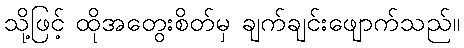
သို့ဖြင့် ထိုအတွေးစိတ်မှ ချက်ချင်းဖျောက်သည်။